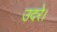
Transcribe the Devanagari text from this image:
उदरे।